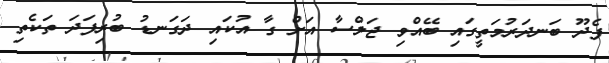
ފެދޫ ބަނދަރުމަތީގައި ބޭއްވި ޖަލްސާ އަށް ގާ އުކައި ދަގަނޑު ބުރިފަދަ ތަކެތި